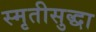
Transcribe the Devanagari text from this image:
स्मृतीसुद्धा